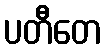
ပတီတေ